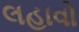
લહાવો